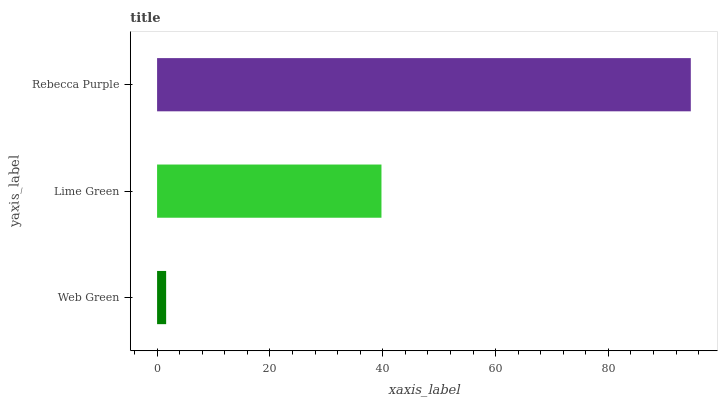
| yaxis_label | bars |
 | --- | --- |
 | Web Green | 1.61 |
 | Lime Green | 39.8 |
 | Rebecca Purple | 94.6 |